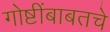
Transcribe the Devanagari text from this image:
गोष्टींबाबतचे